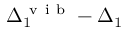
\Delta _ { 1 } ^ { \mathrm { ~ v ~ i ~ b ~ } } - \Delta _ { 1 }